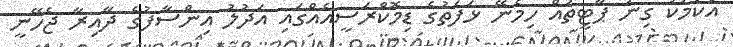
އެކަމަކު ގިނަ ޕާޓީތައް ހިމެނޭ ޅަފަތުގެ ޑިމޮކްރަސީއެއްގައި އަދުލު އިންސާފުގެ ދާއިރާ ޖެހޭނީ